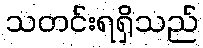
သတင်းရရှိသည်